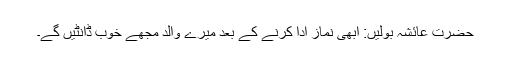
حضرت عائشہ بولیں: ابھی نماز ادا کرنے کے بعد میرے والد مجھے خوب ڈانٹیں گے۔